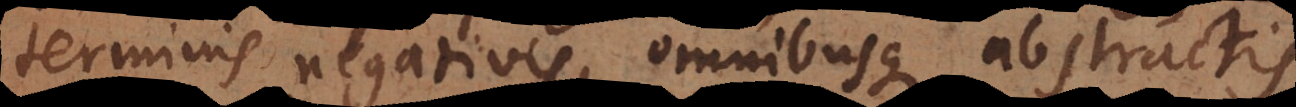
terminis negativis, omnibusque abstractis.